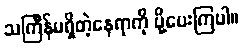
သင်္ကြန်မရှိတဲ့နေရာကို ပို့ပေးကြပါ။